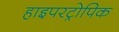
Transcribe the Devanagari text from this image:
हाइपरट्रोपिक